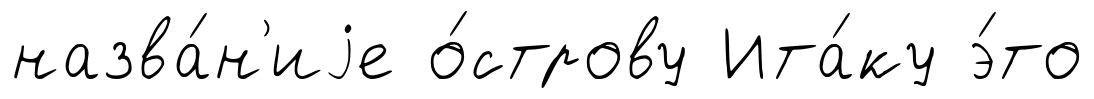
назва́н'иjе о́строву Ита́ку э́то